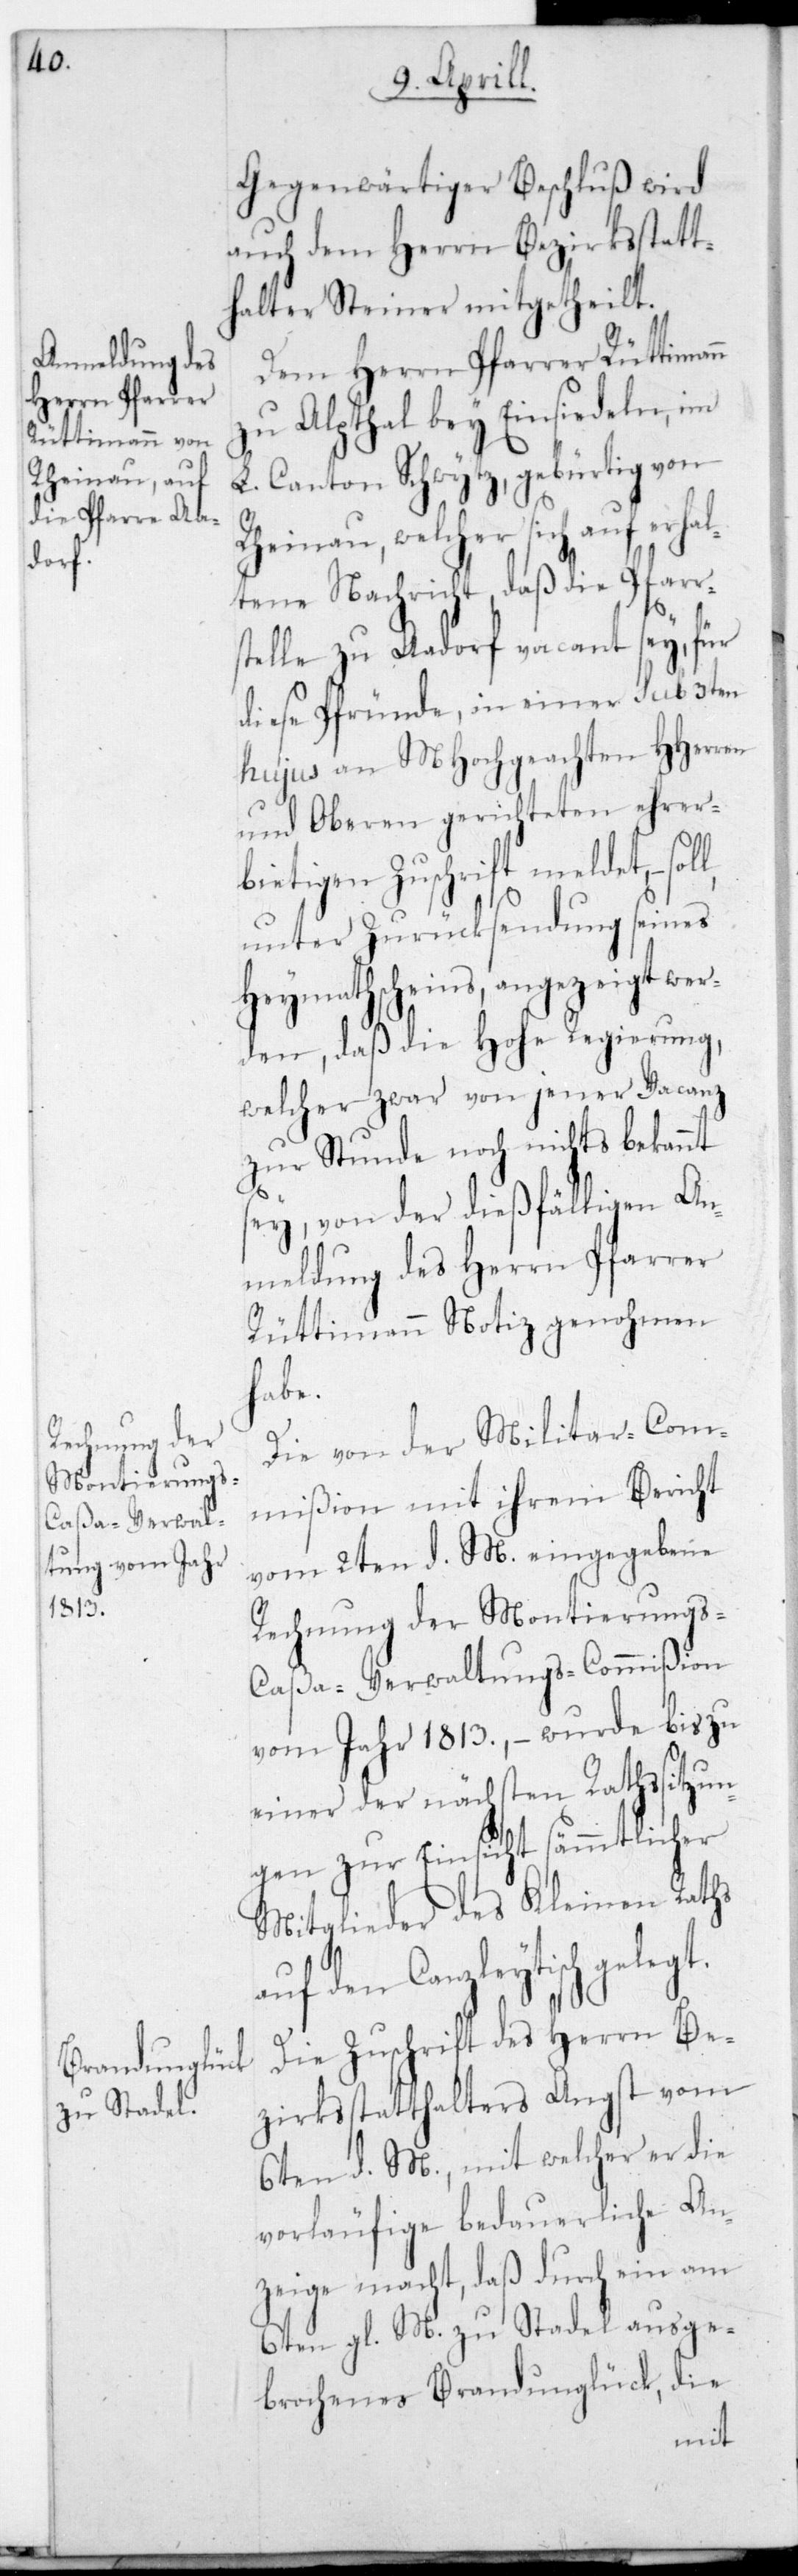
Gegenwärtiger Beschluß wird
auch dem Herrn Bezirksstatt¬
halter Steiner mitgetheilt.
Dem Herrn Pfarrer Rüttimann
zu Alpthal bey Einsiedeln, im
L. Canton Schwytz, gebürtig von
Rheinau, welcher sich auf erhal¬
tene Nachricht, daß die Pfarr¬
stelle zu Aadorf vacant sey, für
diese Pfründe, in einer sub 3ten
hujus an MHochgeachten HHerren
und Oberen gerichteten ehrer¬
bietigen Zuschrift meldet, – soll
unter Zurücksendung seines
Heymathscheins angezeigt wer¬
den, daß die Hohe Regierung,
welcher zwar von jener Vacanz
zur Stunde noch nichts bekannt
sey, von der dießfälligen An¬
meldung des Herrn Pfarrer
Rüttimann Notiz genohmen
habe.
Die von der Militar-Com¬
mißion mit ihrem Bericht
vom 2ten d. M. eingegebene
Rechnung der Montierungs-C¬
aßa-Verwaltungs-Commißion
vom Jahr 1813., – wurde bis zu
einer der nächsten Rathssitzun¬
gen zur Einsicht sämmtlicher
Mitglieder des Kleinen Raths
auf den Canzleytisch
Die Zuschrift des Herrn Be¬
zirksstatthalters Angst vom
6ten d. M., mit welcher er die
vorläufige bedauerliche An¬
zeige macht, daß durch ein am
6ten gl. M. zu Stadel ausge¬
brochenes Brandunglück, die